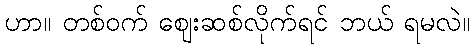
ဟာ။ တစ်ဝက် ဈေးဆစ်လိုက်ရင် ဘယ် ရမလဲ။